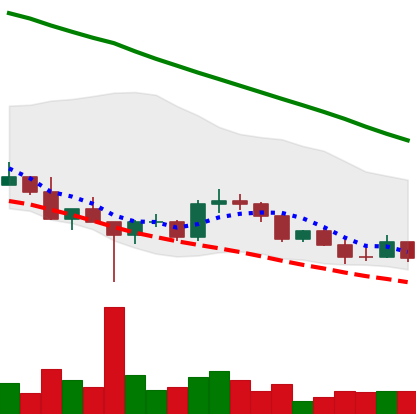
Ticker: DOGE-USD
Chart end date: 2022-03-10
Forward return: -3.509%
Label: down_3_5